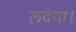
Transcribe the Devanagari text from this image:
लदेगा।